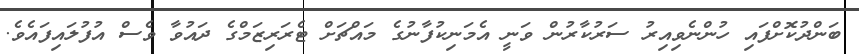
ބަންދުކޮށްފައި ހުންނެވިއިރު ސަރުކާރުން ވަނީ އެމަނިކުފާނުގެ މައްޗަށް ޓެރަރިޒަމްގެ ދައުވާ ވެސް އުފުލައިފައެވެ.